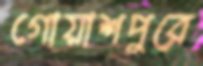
গোয়াশপুরে